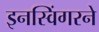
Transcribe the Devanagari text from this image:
इनस्विंगरने